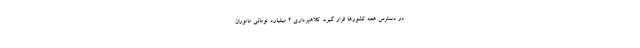
در دسترس همه کشورها قرار گیرد. کلاهبرداری ۲ میلیارد تومانی ماموران